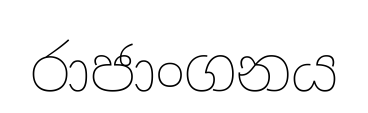
රාජාංගනය